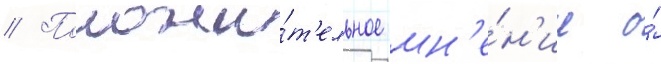
// Положи́т'ельное мн'е́н'ие о́